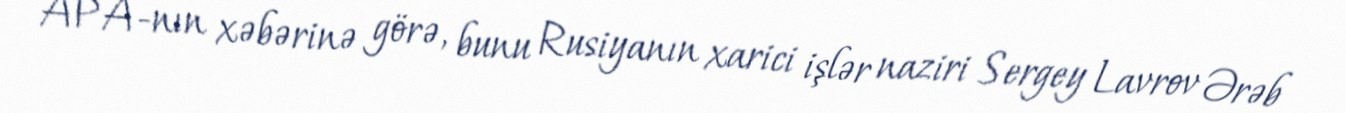
APA-nın xəbərinə görə, bunu Rusiyanın xarici işlər naziri Sergey Lavrov Ərəb